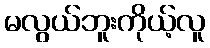
မလွယ်ဘူးကိုယ့်လူ